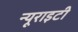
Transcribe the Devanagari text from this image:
न्यूराइटी